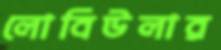
লোবিউলার